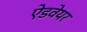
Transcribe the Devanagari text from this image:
ऐडवेयर